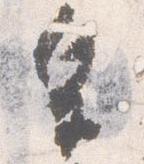
皇